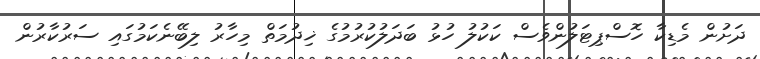
ދަށުން މެޑިކާ ހޮސްޕިޓަލުންވެސް ކަކުލު ހުޅު ބަދަލުކުރުމުގެ ޚިދުމަތް މިހާރު ލިބޭނެކަމުގައި ސަރުކާރުން